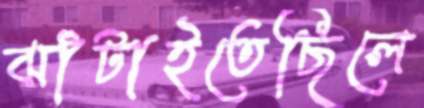
ঝাঁটাইতেছিলে